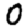
Digit: 0